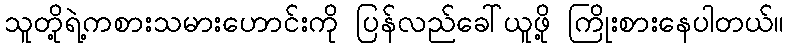
သူတို့ရဲ့ကစားသမားဟောင်းကို ပြန်လည်ခေါ်ယူဖို့ ကြိုးစားနေပါတယ်။